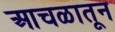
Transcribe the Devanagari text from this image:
आचळातून